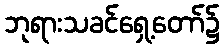
ဘုရားသခင်ရှေ့တော်၌